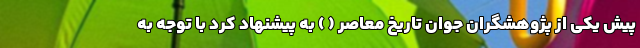
پیش یکی از پژوهشگران جوان تاریخ معاصر ( ) به پیشنهاد کرد با توجه به